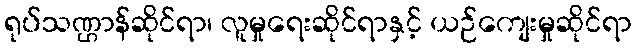
ရုပ်သဏ္ဌာန်ဆိုင်ရာ၊ လူမှုရေးဆိုင်ရာနှင့် ယဉ်ကျေးမှုဆိုင်ရာ